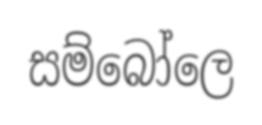
සම්බෝලෙ